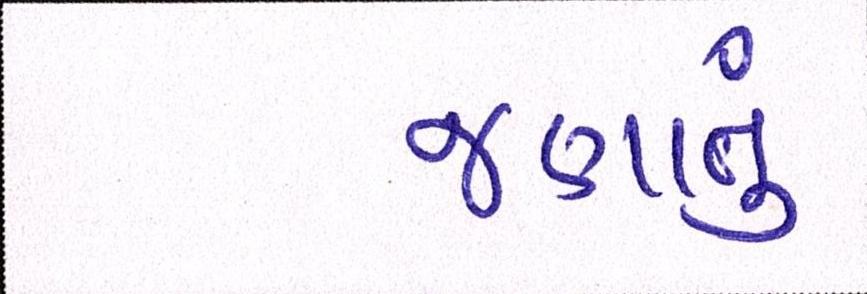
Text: જણાતું